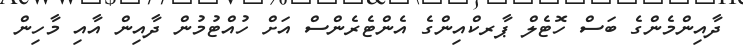
ދާއިންމެންގެ ބަސް ހޮޓެލް ޕާރކްއިންގެ އެންޓެރެންސް އަށް ހުއްޓުމުން ދާއިން އާއި މާހިން